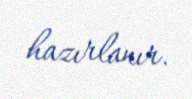
hazırlanır.